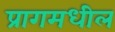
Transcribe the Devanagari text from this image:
प्रागमधील